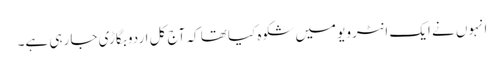
انہوں نے ایک انٹرویو میں شکوہ کیا تھا کہ آج کل اردو بگاڑی جا رہی ہے۔